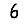
Digit: 6